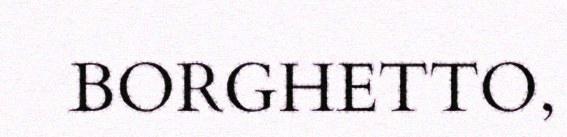
BORGHETTO,